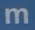
m